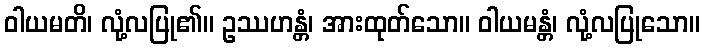
ဝါယမတိ၊ လုံ့လပြု၏။ ဥဿဟန္တံ၊ အားထုတ်သော။ ဝါယမန္တံ၊ လုံ့လပြုသော။